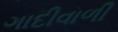
ગાદીવાળી